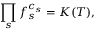
\prod _ { s } f _ { s } ^ { c _ { s } } = K ( T ) ,